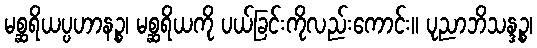
မစ္ဆရိယပ္ပဟာနဉ္စ၊ မစ္ဆရိယကို ပယ်ခြင်းကိုလည်းကောင်း။ ပုညာဘိသန္ဒဉ္စ၊